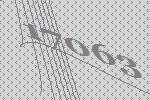
17063